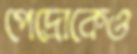
পেদ্রোকেও